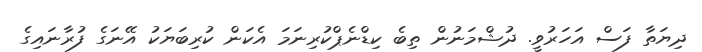
ދިޔަތާ ފަސް އަހަރުވީ. ދުޝްމަނުން ތިބެ ކިޑްނެޕްކުރިނަމަ އެކަން ކުރިބަޔަކު އޭނަގެ ފުރާނައިގެ